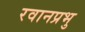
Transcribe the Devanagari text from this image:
रवानप्रभु